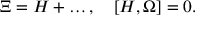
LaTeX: \Xi = { \cal H } + \ldots , \quad [ { \cal H } , \Omega ] = 0 .